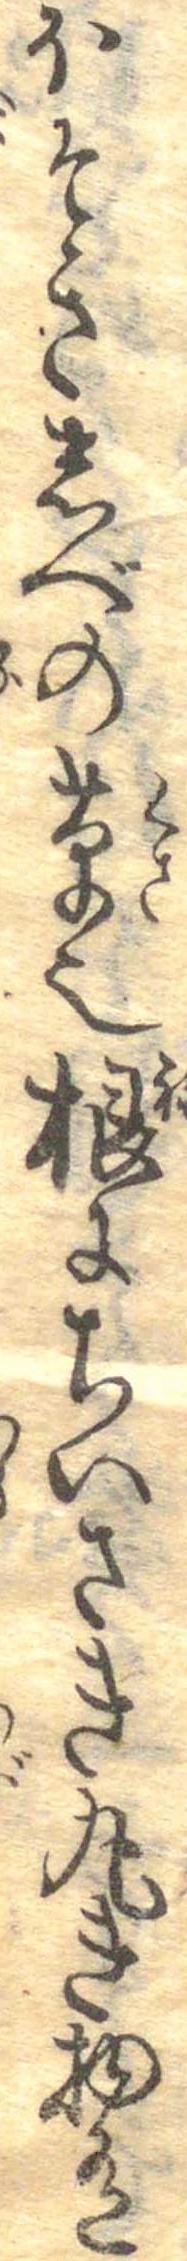
ほそきしべの草之根にちいさき丸き物有